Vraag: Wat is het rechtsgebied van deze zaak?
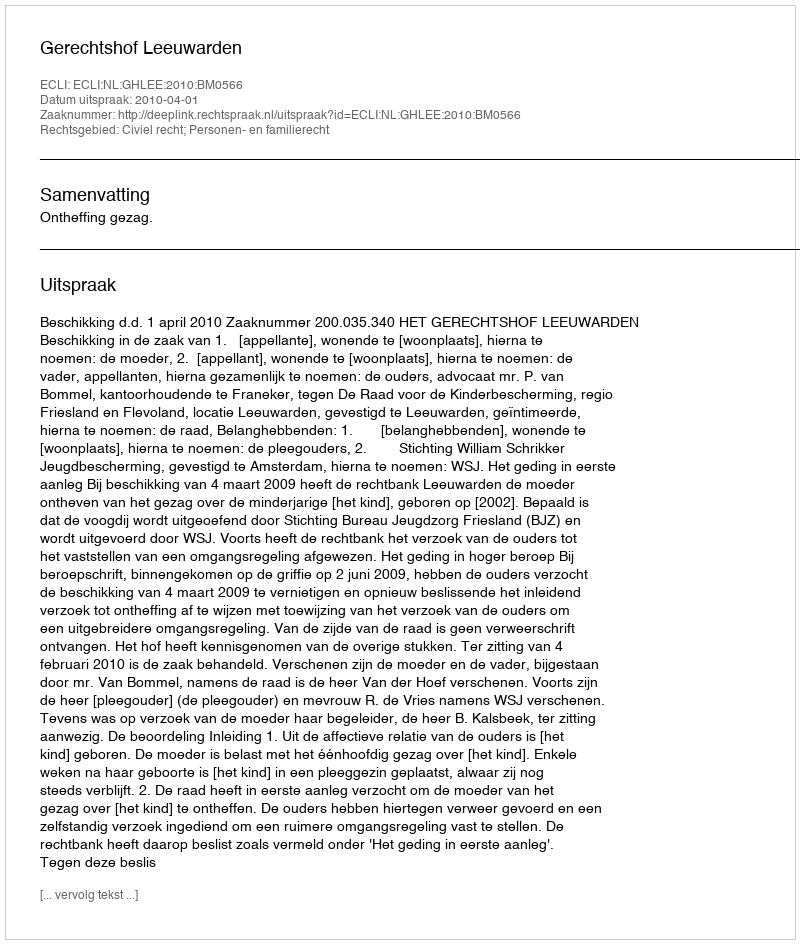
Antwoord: Civiel recht; Personen- en familierecht